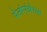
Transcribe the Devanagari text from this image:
पेलोपोन्नेसस